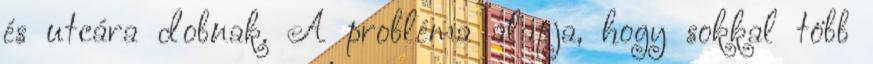
és utcára dobnak. A probléma alapja, hogy sokkal több